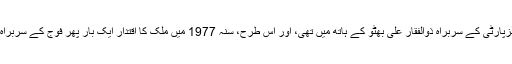
اس وقت ملک کی باگ ڈور پیپلزپارٹی کے سربراہ ذوالفقار علی بھٹو کے ہاتھ میں تھی، اور اس طرح، سنہ 1977 میں ملک کا اقتدار ایک بار پھر فوج کے سربراہ جنرل ضیاالحق نے سنبھال لیا۔